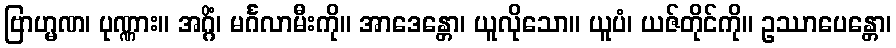
ဗြာဟ္မဏ၊ ပုဏ္ဏား။ အဂ္ဂိံ၊ မင်္ဂလာမီးကို။ အာဒေန္တော၊ ယူလိုသော။ ယူပံ၊ ယဇ်တိုင်ကို။ ဥဿာပေန္တော၊